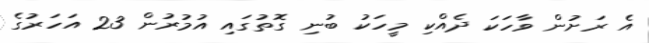
އެ ރަށުން ވާހަކަ ދެއްކި މީހަކު ބުނި ގޮތުގައި އުމުރުން 23 އަހަރުގެ